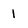
Character: 1